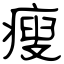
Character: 痩